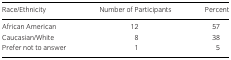
<table><thead><tr><td><b>Race/Ethnicity</b></td><td><b>Number of Participants</b></td><td><b>Percent</b></td></tr></thead><tbody><tr><td>African American</td><td>12</td><td>57</td></tr><tr><td>Caucasian/White</td><td>8</td><td>38</td></tr><tr><td>Prefer not to answer</td><td>1</td><td>5</td></tr></tbody></table>